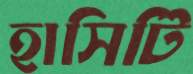
হাসিটি